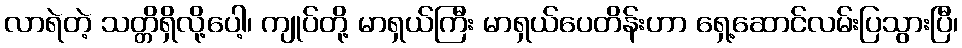
လာရဲတဲ့ သတ္တိရှိလို့ပေါ့၊ ကျုပ်တို့ မာရှယ်ကြီး မာရှယ်ပေတိန်းဟာ ရှေ့ဆောင်လမ်းပြသွားပြီ၊